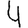
Digit: 4